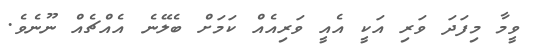
ވީމާ މިފަދަ ވަރި އަކީ އެއީ ވަރިއެއް ކަމަށް ބެލޭނެ އެއްޗެއް ނޫނެވެ.